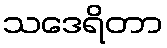
သဒေရိတာ